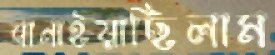
বানাইয়াছিলাম